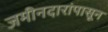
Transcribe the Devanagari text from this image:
जमीनदारांपासून